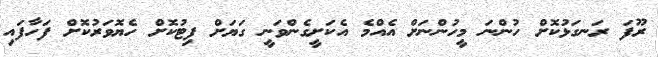
ރޫފަ ރަނގަޅުކޮށް ހުންނަ މީހުންނަށް އެއްމެ އެކަށީގެންވަނީ ގަޔަށް ފިޓުކޮށް ހެޔޮވަރުކޮށް ފަހާފައި